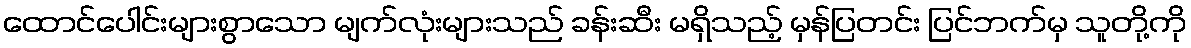
ထောင်ပေါင်းများစွာသော မျက်လုံးများသည် ခန်းဆီး မရှိသည့် မှန်ပြတင်း ပြင်ဘက်မှ သူတို့ကို